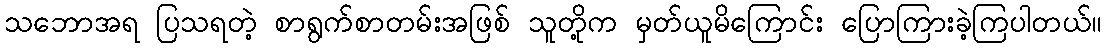
သဘောအရ ပြသရတဲ့ စာရွက်စာတမ်းအဖြစ် သူတို့က မှတ်ယူမိကြောင်း ပြောကြားခဲ့ကြပါတယ်။